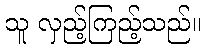
သူ လှည့်ကြည့်သည်။